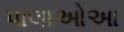
પાલાઓઆ